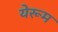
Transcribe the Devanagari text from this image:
येरूम